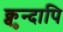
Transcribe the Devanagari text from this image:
क्वुन्दापि